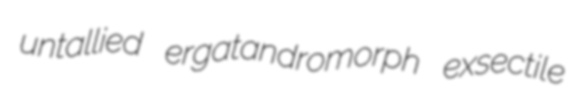
untallied ergatandromorph exsectile